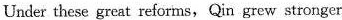
Under these great reforms, Qin grew stronger